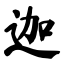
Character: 迦